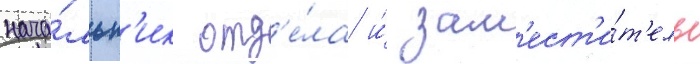
нача́льн'ик отд'е́ла и́ зам'ест'и́т'ель